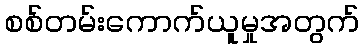
စစ်တမ်းကောက်ယူမှုအတွက်